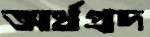
অর্থপ্রদ